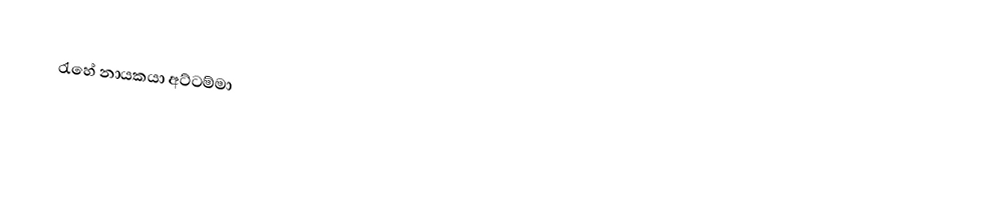
රැහේ නායකයා   අට්ටම්මා